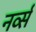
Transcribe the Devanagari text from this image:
नर्व्स